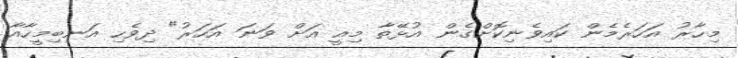
މިހާރު އަހަރެމެން ކައިވެނިކޮށްގެން އުޅޭތާ މިއީ އަށް ވަނަ އަހަރު" ދިވެހި އަނބިމީހާއާ